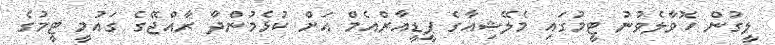
ލީގުން ހޮވާލެވުނު ޓީމުގައި މެލޭޝިއާގެ ޕީޑީއާރްއެމް އަށް ކުޅެމުންދާ ރާއްޖޭގެ ގައުމީ ޓީމުގެ